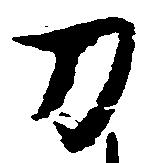
刀